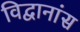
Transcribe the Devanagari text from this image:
विद्वानांस